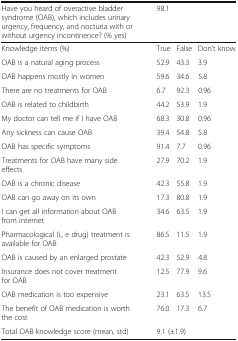
<table><thead><tr><td><b>Have you heard of overactive bladder syndrome (OAB), which includes urinary urgency, frequency, and nocturia with or without urgency incontinence? (% yes)</b></td><td colspan="3"><b>98.1</b></td></tr></thead><tbody><tr><td>Knowledge items (%)</td><td>True</td><td>False</td><td>Don’t know</td></tr><tr><td>OAB is a natural aging process</td><td>52.9</td><td>43.3</td><td>3.9</td></tr><tr><td>OAB happens mostly in women</td><td>59.6</td><td>34.6</td><td>5.8</td></tr><tr><td>There are no treatments for OAB</td><td>6.7</td><td>92.3</td><td>0.96</td></tr><tr><td>OAB is related to childbirth</td><td>44.2</td><td>53.9</td><td>1.9</td></tr><tr><td>My doctor can tell me if I have OAB</td><td>68.3</td><td>30.8</td><td>0.96</td></tr><tr><td>Any sickness can cause OAB</td><td>39.4</td><td>54.8</td><td>5.8</td></tr><tr><td>OAB has specific symptoms</td><td>91.4</td><td>7.7</td><td>0.96</td></tr><tr><td>Treatments for OAB have many side effects</td><td>27.9</td><td>70.2</td><td>1.9</td></tr><tr><td>OAB is a chronic disease</td><td>42.3</td><td>55.8</td><td>1.9</td></tr><tr><td>OAB can go away on its own</td><td>17.3</td><td>80.8</td><td>1.9</td></tr><tr><td>I can get all information about OAB from internet</td><td>34.6</td><td>63.5</td><td>1.9</td></tr><tr><td>Pharmacological (i., e drug) treatment is available for OAB</td><td>86.5</td><td>11.5</td><td>1.9</td></tr><tr><td>OAB is caused by an enlarged prostate</td><td>42.3</td><td>52.9</td><td>4.8</td></tr><tr><td>Insurance does not cover treatment for OAB</td><td>12.5</td><td>77.9</td><td>9.6</td></tr><tr><td>OAB medication is too expensive</td><td>23.1</td><td>63.5</td><td>13.5</td></tr><tr><td>The benefit of OAB medication is worth the cost</td><td>76.0</td><td>17.3</td><td>6.7</td></tr><tr><td>Total OAB knowledge score (mean, std)</td><td colspan="3">9.1 (±1.9)</td></tr></tbody></table>